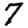
Digit: 7